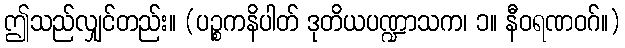
ဤသည်လျှင်တည်း။ (ပဉ္စကနိပါတ် ဒုတိယပဏ္ဍာသက၊ ၁။ နီဝရဏဝဂ်။)